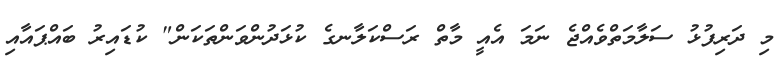
މި ދަރިފުޅު ސަލާމަތްވެއްޖެ ނަމަ އެއީ މާތް ރަސްކަލާނގެ ކުޅަދުންވަންތަކަން" ކުޑައިރު ބައްޕައާއި